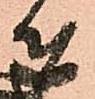
者